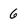
Character: 6